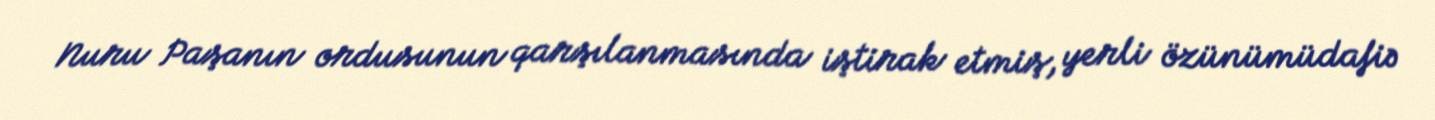
Nuru Paşanın ordusunun qarşılanmasında iştirak etmiş, yerli özünümüdafiə